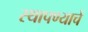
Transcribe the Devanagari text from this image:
स्थापण्याचें